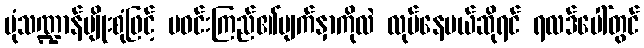
ပုံသဏ္ဍာန်မျိုးစုံဖြင့် မဝင်းကြည်၏မျက်နှာကိုလဲ လုပ်နေမယ်ဆိုရင် ရလဒ်ပေါ်တွင်